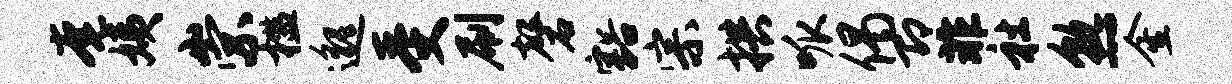
奄姨崇槛邈受刷磬豁宗拱呱偈即非社熟金